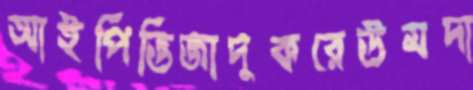
আইপিভিজাদুকরেউমদা